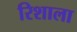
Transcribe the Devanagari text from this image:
रिशाला